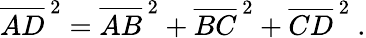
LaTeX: {\overline{{AD}}}^{\, 2}={\overline{{AB}}}^{\, 2}+{\overline{{BC}}}^{\, 2}+{\overline{{CD}}}^{\, 2}\ .